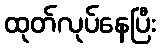
ထုတ်လုပ်နေပြီး